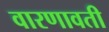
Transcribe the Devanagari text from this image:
वारणावती